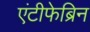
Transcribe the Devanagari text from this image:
एंटीफेब्रिन